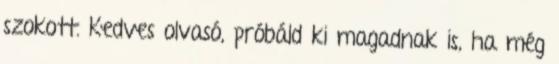
szokott. Kedves olvasó, próbáld ki magadnak is, ha még